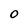
Character: O